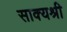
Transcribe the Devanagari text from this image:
साक्यश्री